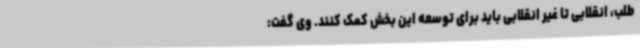
طلب، انقلابی تا غیر انقلابی باید برای توسعه این بخش کمک کنند. وی گفت: